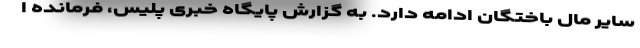
سایر مال باختگان ادامه دارد. به گزارش پایگاه خبری پلیس، فرمانده ا